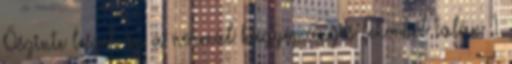
Őszinte leszek én a normál hagyományos fekvőből talán 1